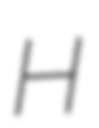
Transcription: H